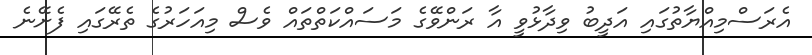
އެރަސްމިއްޔާތުގައި އަދީބު ވިދާޅުވީ އާ ރަންވޭގެ މަސައްކަތްތައް ވެސް މިއަހަރުގެ ތެރޭގައި ފެށޭނެ